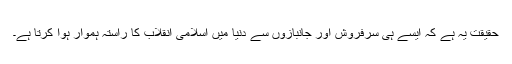
حقیقت یہ ہے کہ ایسے ہی سرفروش اور جانبازوں سے دنیا میں اسلامی انقلاب کا راستہ ہموار ہوا کرتا ہے۔